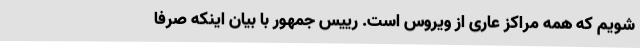
شویم که همه مراکز عاری از ویروس است. رییس جمهور با بیان اینکه صرفاً